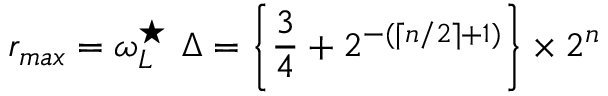
r _ { m a x } = \omega _ { L } ^ { \star } ~ \Delta = \left\{ \frac { 3 } { 4 } + 2 ^ { - ( \lceil n / 2 \rceil + 1 ) } \right\} \times 2 ^ { n }